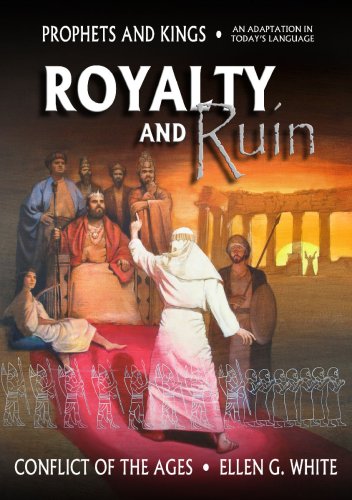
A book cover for Royalty and Ruin; Ellen G. White; Christian Books & Bibles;